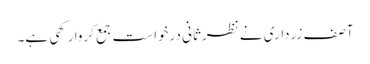
آصف زرداری نے نظرثانی درخواست جمع کروا رکھی ہے۔